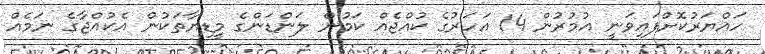
ހައްޔަރުކޮށްފައިވަނީ އުމުރުން 14 އަހަރުގެ ކުއްޖެއް ކަމުން ލަންޑަންގެ މީޑިޔާތަކުން އެކުއްޖާގެ ނަމެއް